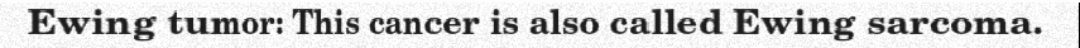
Ewing tumor: This cancer is also called Ewing sarcoma.